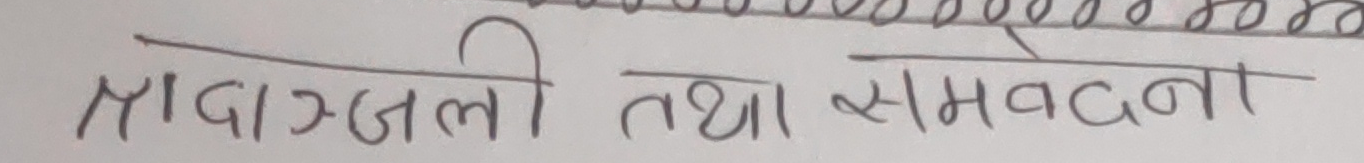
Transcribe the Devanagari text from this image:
श्रद्धाञ्जली तथा समवेदना